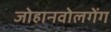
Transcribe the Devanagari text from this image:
जोहानवोलगेंग